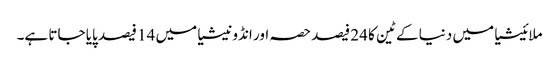
ملائیشیا میں دنیا کے ٹین کا 24 فیصد حصہ اور انڈونیشیا میں 14 فیصد پایا جاتا ہے۔